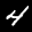
Label: 4